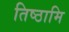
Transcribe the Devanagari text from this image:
तिष्‍ठामि